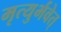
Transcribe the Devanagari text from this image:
मृत्युर्भवेत्